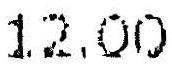
12.00